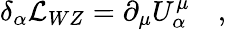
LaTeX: \delta_{\alpha}{\cal L}_{WZ}=\partial_{\mu}U_{\alpha}^{\mu}\quad,